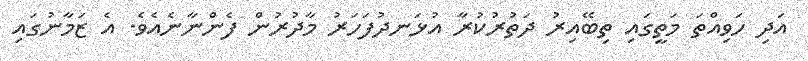
އަދި ހަވިއްތަ މަތީގައި ތިބޭއިރު ދަތުރުކުރާ އުޅަނދުފަހަރު މާދުރުން ފެންނާނެއެވެ. އެ ޒަމާނުގައި